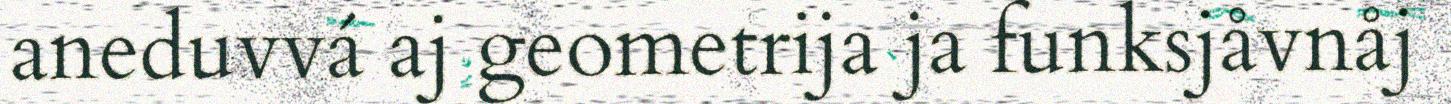
aneduvvá aj geometrija ja funksjåvnåj